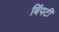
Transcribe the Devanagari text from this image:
बिंपटी